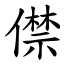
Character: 僸